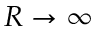
R \to \infty